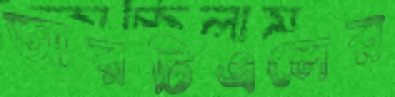
আরটিএলের